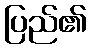
ပြည်၏